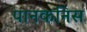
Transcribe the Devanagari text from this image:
पानकनिस